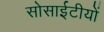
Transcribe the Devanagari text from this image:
सोसाईटीयों